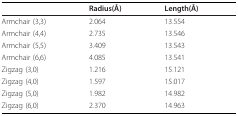
<table><thead><tr><td></td><td><b>Radius(Å)</b></td><td><b>Length(Å)</b></td></tr></thead><tbody><tr><td>Armchair (3,3)</td><td>2.064</td><td>13.554</td></tr><tr><td>Armchair (4,4)</td><td>2.735</td><td>13.546</td></tr><tr><td>Armchair (5,5)</td><td>3.409</td><td>13.543</td></tr><tr><td>Armchair (6,6)</td><td>4.085</td><td>13.541</td></tr><tr><td>Zigzag (3,0)</td><td>1.216</td><td>15.121</td></tr><tr><td>Zigzag (4,0)</td><td>1.597</td><td>15.017</td></tr><tr><td>Zigzag (5,0)</td><td>1.982</td><td>14.982</td></tr><tr><td>Zigzag (6,0)</td><td>2.370</td><td>14.963</td></tr></tbody></table>